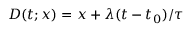
D ( t ; x ) = x + \lambda ( t - t _ { 0 } ) / \tau